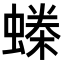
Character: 𧏪